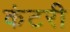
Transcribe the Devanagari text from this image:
कंटरी